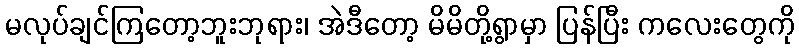
မလုပ်ချင်ကြတော့ဘူးဘုရား၊ အဲဒီတော့ မိမိတို့ရွာမှာ ပြန်ပြီး ကလေးတွေကို